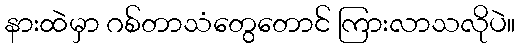
နားထဲမှာ ဂစ်တာသံတွေတောင် ကြားလာသလိုပဲ။